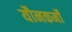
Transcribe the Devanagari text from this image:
यौनकर्मों